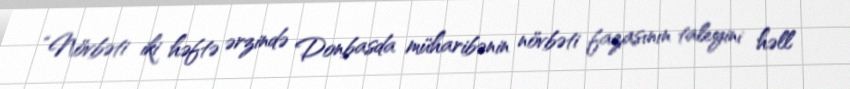
“Növbəti iki həftə ərzində Donbasda müharibənin növbəti fazasının taleyini həll